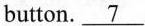
button.\underline{7} In the second place, WeChat is powerful. It can send messages of voice, video, photo and text. Various informations could be sent to your friends, from which receivers could enjoy the best pleasure. In the third place, WeChat is supported on Wi-Fi, 2G, 3G, and 4G data networks, by which you can chat with your family or friends in a brand new way by using your phone no matter when and where. But you don't need worry other things, such as basic fees. However, as a matter of fact,_8First, so many people immerse themselves in Wechat and waste a lot of time. In addition, some functions of the Wechat may lead to crimes. Therefore, we should make the best use of it,_9Only in this way, can we enjoy it better. A. but we shouldn't spare too much time on it. B.It's used just like an interphone. C. why does WeChat become so popular in such a short time? D.and its overseas markets are rising rapidly. E.it is a wonderful invention that changed our life style. F. the potential dangers of WeChat to the users could not be ignored. G. most people use Wechat instead of QQ now.